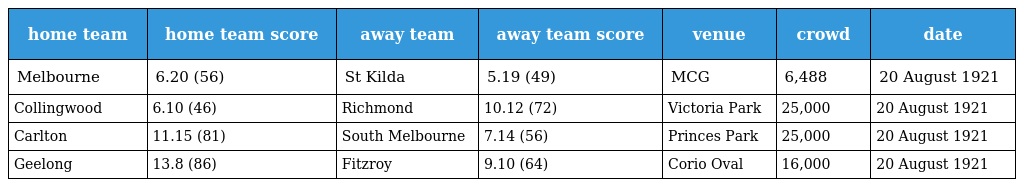
| home team | home team score | away team | away team score | venue | crowd | date |
 | --- | --- | --- | --- | --- | --- | --- |
 | Melbourne | 6.20 (56) | St Kilda | 5.19 (49) | MCG | 6,488 | 20 August 1921 |
 | Collingwood | 6.10 (46) | Richmond | 10.12 (72) | Victoria Park | 25,000 | 20 August 1921 |
 | Carlton | 11.15 (81) | South Melbourne | 7.14 (56) | Princes Park | 25,000 | 20 August 1921 |
 | Geelong | 13.8 (86) | Fitzroy | 9.10 (64) | Corio Oval | 16,000 | 20 August 1921 |